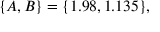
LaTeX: \{ A , B \} = \{ 1 . 9 8 , 1 . 1 3 5 \} ,